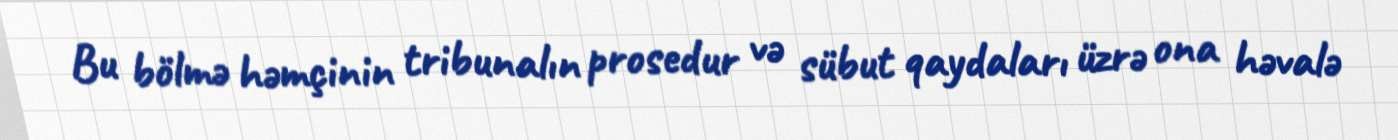
Bu bölmə həmçinin tribunalın prosedur və sübut qaydaları üzrə ona həvalə